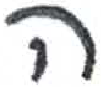
אות: ה